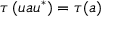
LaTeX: \tau \left( u a u ^ { * } \right) = \tau ( a )